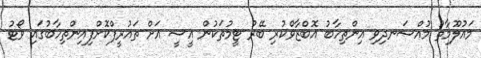
މައުލޫމާތު މުއްސަނދިވި އިންތިހާބު އޮބްޒާވްކުރި ބޭރު ޓީމުތަކުން އީސީ އަށް ތައުރީފްކޮށްފިއިންތިހާބުގައި ވޯޓު